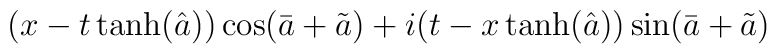
(x-t \tanh (\hat a))\cos (\bar a+ \tilde a) +i (t-x \tanh (\hat a))\sin (\bar a + \tilde a)